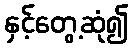
နှင့်တွေ့ဆုံ၍